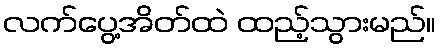
လက်ပွေ့အိတ်ထဲ ထည့်သွားမည်။